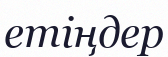
етіңдер